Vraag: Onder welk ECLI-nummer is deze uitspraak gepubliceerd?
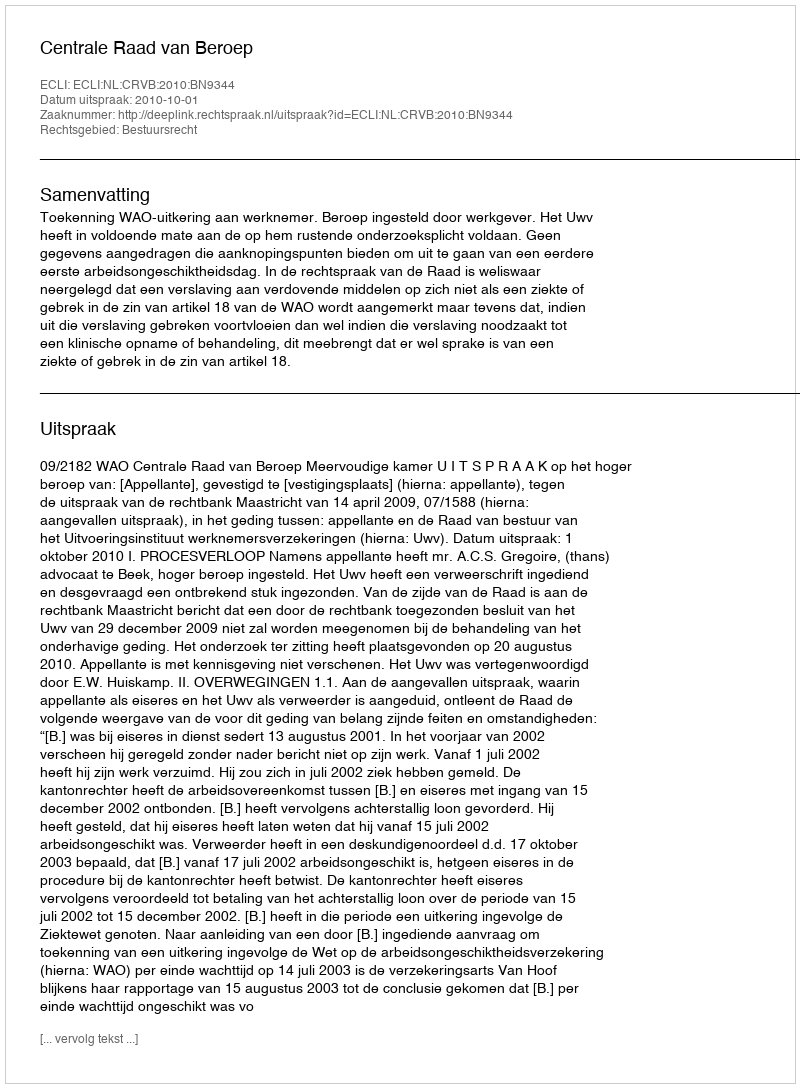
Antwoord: ECLI:NL:CRVB:2010:BN9344